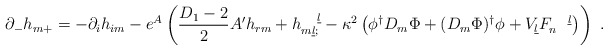
\begin{align*}\partial_{-} h_{m+}= - \partial_{i} h_{im} -e^A \left(\frac{D_1-2}{2} A' h_{rm} + h_{m\underline l ;}^{\quad\underline l}-\kappa^2\left(\phi^{\dagger} D_m\Phi + (D_m \Phi)^{\dagger}\phi + V_{\underline l}F_n^{\quad\underline l}\right)\right)~. \end{align*}